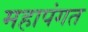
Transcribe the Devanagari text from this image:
महापंगत